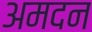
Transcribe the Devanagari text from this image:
अमदन